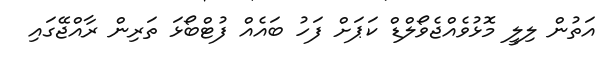
އަތުން ލިލީ މޮޅުވެއްޖެވޯލްޑް ކަޕަށް ފަހު ބައެއް ފުޓްބޯޅަ ތަރިން ރާއްޖޭގައި